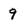
Character: 9